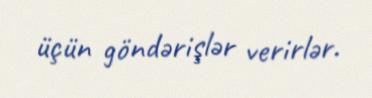
üçün göndərişlər verirlər.